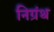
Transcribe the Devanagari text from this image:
निग्रंथ